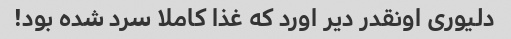
دلیوری اونقدر دیر اورد که غذا کاملا سرد شده بود!